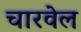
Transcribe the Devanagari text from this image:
चारवेल